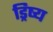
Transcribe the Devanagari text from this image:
ड्रिष्य